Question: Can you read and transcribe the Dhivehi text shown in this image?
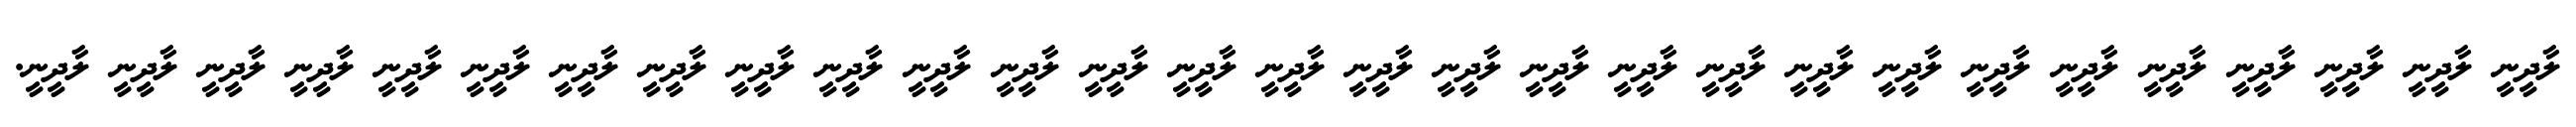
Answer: ލާދީނީ ލާދީނީ ލާދީނީ ލާދީނީ ލާދީނީ ލާދީނީ ލާދީނީ ލާދީނީ ލާދީނީ ލާދީނީ ލާދީނީ ލާދީނީ ލާދީނީ ލާދީނީ ލާދީނީ ލާދީނީ ލާދީނީ ލާދީނީ ލާދީނީ ލާދީނީ ލާދީނީ ލާދީނީ ލާދީނީ ލާދީނީ ލާދީނީ ލާދީނީ ލާދީނީ ލާދީނީ ލާދީނީ.